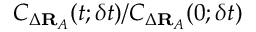
C _ { \Delta \mathbf { R } _ { A } } ( t ; \delta t ) / C _ { \Delta \mathbf { R } _ { A } } ( 0 ; \delta t )